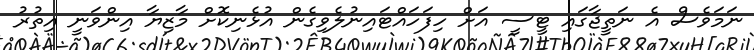
ނަމަވެސް އެ ނަތީޖާގައި ޓީސީ އަށް ހިފަހައްޓައިނުލެވިގެން އުޅެނިކޮށް މާޒިޔާ އިންވަނީ އިތުރު